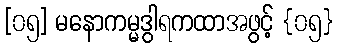
[၀၅] မနောကမ္မဒွါရကထာအဖွင့် {၀၅}